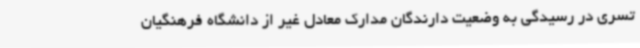
تسری در رسیدگی به وضعیت دارندگان مدارک معادل غیر از دانشگاه فرهنگیان